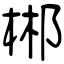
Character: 郴